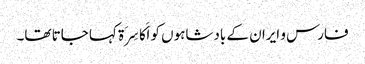
فارس و ایران کے بادشاہوں کو اَکَاسِرَۃ کہا جاتا تھا۔